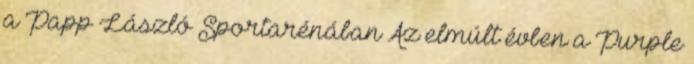
a Papp László Sportarénában Az elmúlt évben a Purple